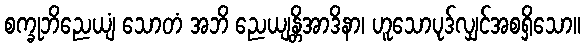
စက္ခုဘိညေယျံ သောတံ အဘိ ညေယျန္တိအာဒိနာ၊ ဟူသောပုဒ်လျှင်အစရှိသော။